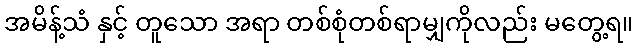
အမိန့်သံ နှင့် တူသော အရာ တစ်စုံတစ်ရာမျှကိုလည်း မတွေ့ရ။